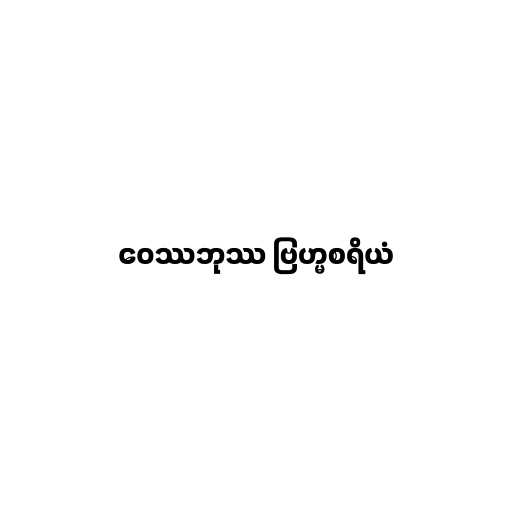
ဝေဿဘုဿ ဗြဟ္မစရိယံ